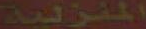
المنزلية